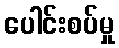
ပေါင်းစပ်မှု